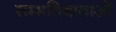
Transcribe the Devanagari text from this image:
सम्मतिदाताओं